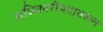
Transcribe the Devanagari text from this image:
अधिकारीपदावरून